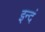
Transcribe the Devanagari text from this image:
इन्दं